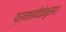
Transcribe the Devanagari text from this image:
प्रमानवेळेनुसार